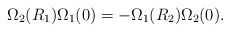
\begin{align*}\Omega_2(R_1)\Omega_1(0)=-\Omega_1(R_2)\Omega_2(0).\end{align*}